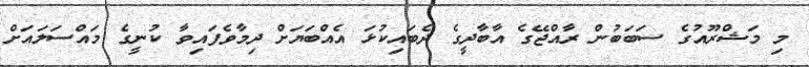
މި މަޝްރޫއުގެ ސަބަބުން ރާއްޖޭގެ އާބާދީގެ ދެބައިކުޅަ އެއްބަޔަށް ދިމާވެފައިވާ ކުނީގެ މައްސަލައަށް